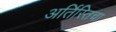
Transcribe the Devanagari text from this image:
अर्तिस्तिचा